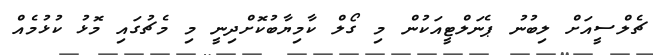
ޗެލްސީއަށް ލިބުނު ޕެނަލްޓީއަކުން މި ގޯލް ކާމިޔާބުކޮށްދިނީ މި މެޗުގައި މޮޅު ކުޅުމެއް